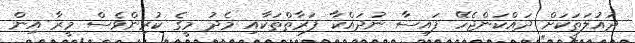
ދައުލަތަކަށް ދައްކަންޖެހޭ ފައިސާ ނުދައްކާ ފަރާތްތަކާއި މެދު މީގެ ކުރިންވެސް މީރާ އިން